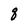
Character: q